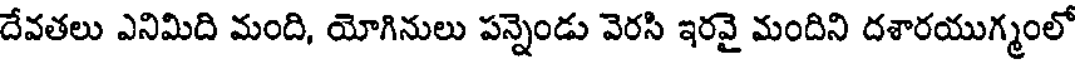
దేవతలు ఎనిమిది మంది, యోగినులు పన్నెండు వెరసి ఇరవై మందిని దశారయుగ్మంలో